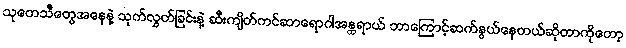
သုတေသီတွေအနေနဲ့ သုက်လွှတ်ခြင်းနဲ့ ဆီးကျိတ်ကင်ဆာရောဂါအန္တရာယ် ဘာကြောင့်ဆက်နွယ်နေတယ်ဆိုတာကိုတော့